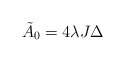
\begin{align*}{\tilde A}_0=4\lambda J \Delta\end{align*}